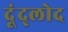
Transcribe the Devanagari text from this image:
दूंद्लोद